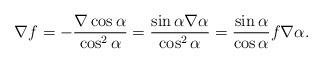
LaTeX: \begin{align*}\nabla f=-\frac{\nabla\cos\alpha}{\cos^{2}\alpha} = \frac{\sin\alpha\nabla\alpha}{\cos^{2}\alpha}=\frac{\sin\alpha}{\cos\alpha}f\nabla\alpha.\end{align*}